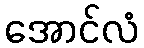
အောင်လံ